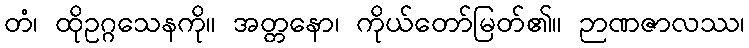
တံ၊ ထိုဥဂ္ဂသေနကို။ အတ္တနော၊ ကိုယ်တော်မြတ်၏။ ဉာဏဇာလဿ၊